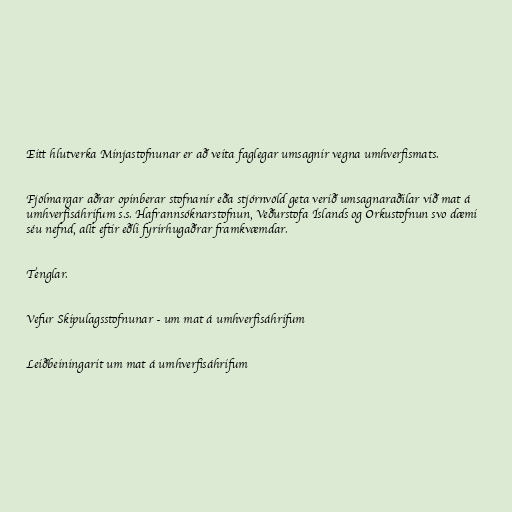
Eitt hlutverka Minjastofnunar er að veita faglegar umsagnir vegna umhverfismats.

Fjölmargar aðrar opinberar stofnanir eða stjórnvöld geta verið umsagnaraðilar við mat á
umhverfisáhrifum s.s. Hafrannsóknarstofnun, Veðurstofa Íslands og Orkustofnun svo dæmi
séu nefnd, allt eftir eðli fyrirhugaðrar framkvæmdar.

Tenglar.

Vefur Skipulagsstofnunar - um mat á umhverfisáhrifum

Leiðbeiningarit um mat á umhverfisáhrifum